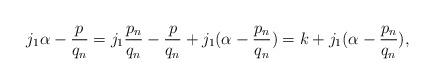
LaTeX: \begin{align*}j_1\alpha-\frac{p}{q_n}=j_1\frac{p_n}{q_n}-\frac{p}{q_n}+j_1(\alpha-\frac{p_n}{q_n})=k+j_1(\alpha-\frac{p_n}{q_n}),\end{align*}